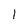
Character: 1